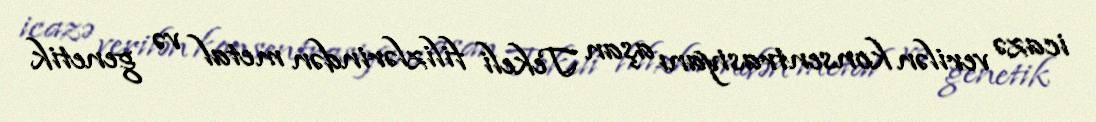
icazə verilən konsentrasiyanı aşan Tekeli filizlərindən metal və genetik